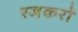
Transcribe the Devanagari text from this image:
रजकरों